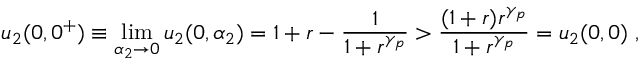
u _ { 2 } ( 0 , 0 ^ { + } ) \equiv \operatorname* { l i m } _ { \alpha _ { 2 } \rightarrow 0 } u _ { 2 } ( 0 , \alpha _ { 2 } ) = 1 + r - \frac { 1 } { 1 + r ^ { \gamma _ { p } } } > \frac { ( 1 + r ) r ^ { \gamma _ { p } } } { 1 + r ^ { \gamma _ { p } } } = u _ { 2 } ( 0 , 0 ) \; ,